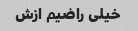
خیلی راضیم ازش